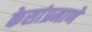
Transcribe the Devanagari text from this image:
केसांप्रमाणे